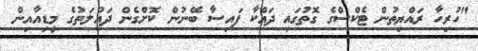
"ހުރިހާ ރައްޔިތުން ޓެކްސްގެ ގޮތުގައި ދައްކާ ފައިސާ ބޭނުން ކޮށްގެން ދައުލަތުގެ މީޑިއާއިން